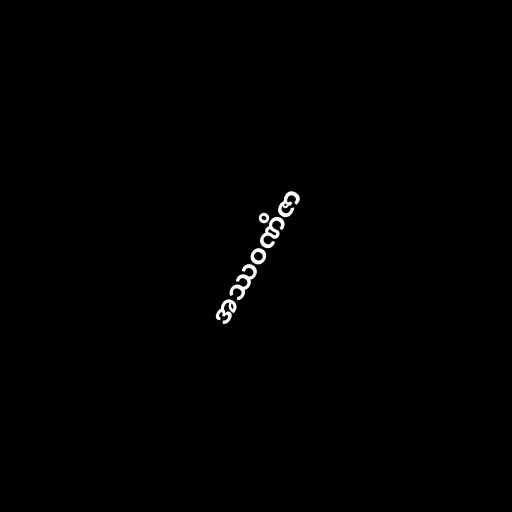
အဿဝဏိဇာ